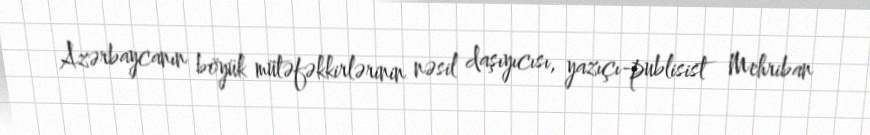
Azərbaycanın böyük mütəfəkkirlərinin nəsil daşıyıcısı, yazıçı-publisist Mehriban